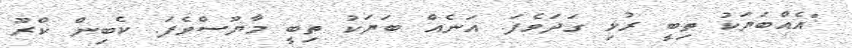
"އެއްބަޔަކު ތިބީ ރުޅި ގަދަވެފަ. އަނެއް ބަޔަކު ތިބީ މާޔޫސްވެފަ. ކެބިން ކްރޫ